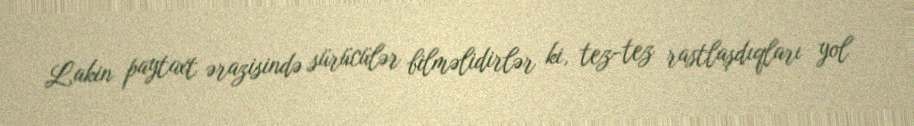
Lakin paytaxt ərazisində sürücülər bilməlidirlər ki, tez-tez rastlaşdıqları yol